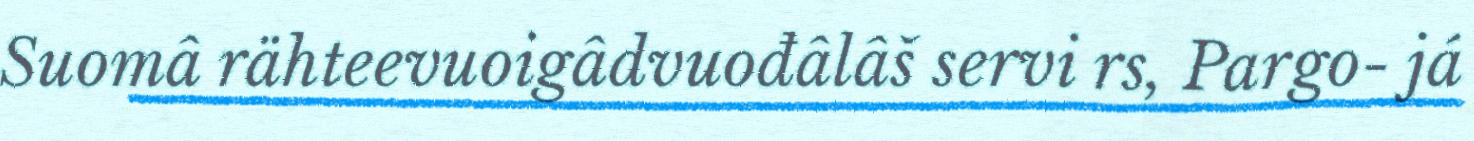
Suomâ rähteevuoigâdvuođâlâš servi rs, Pargo- já